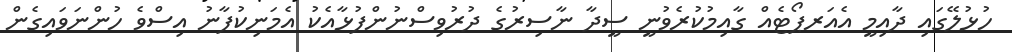
ހުޅުލޭގައި ދާއިމީ އެއަރޕޯޓެެއް ގާއިމުކުރެވުނީ ސީދާ ނާސިރުގެ ދުރުވިސްނުންފުޅާއެކު އެމަނިކުފާނު އިސްވެ ހުންނަވައިގެން